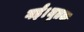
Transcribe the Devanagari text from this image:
गई।मृतक